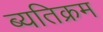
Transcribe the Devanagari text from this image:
ब्यतिक्रम